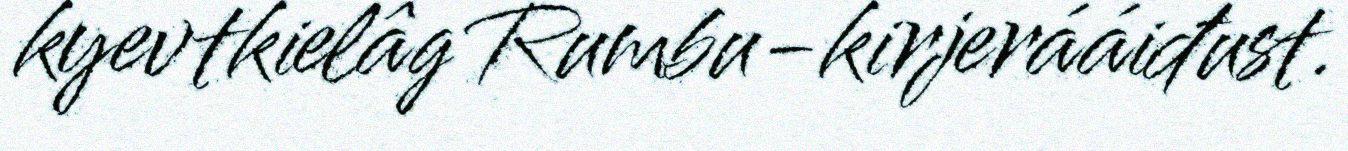
kyevtkielâg Rumbu-kirjerááiđust.